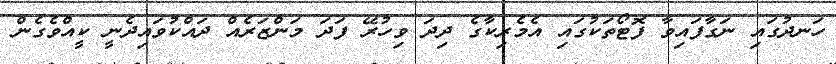
ހަނދުގައި ނަގާފައިވާ ފޮޓޯތަކުގައި އެމެރިކާގެ ދިދަ ވިހުރޭ ފަދަ މަންޒަރެއް ދައްކުވައިދެނީ ކީއްވެގެން